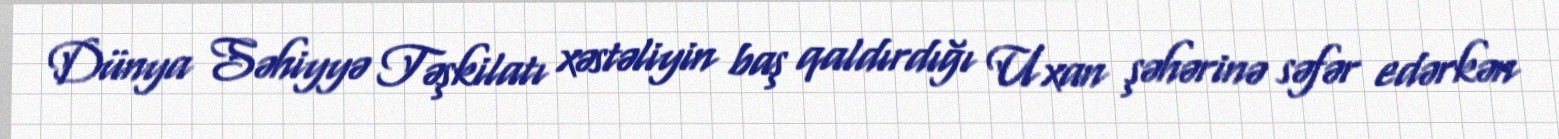
Dünya Səhiyyə Təşkilatı xəstəliyin baş qaldırdığı Uxan şəhərinə səfər edərkən